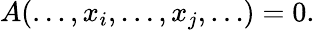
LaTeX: A(\ldots,x_{i},\ldots,x_{j},\ldots)=0.